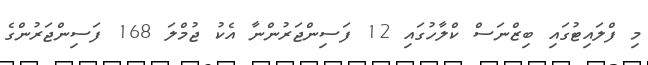
މި ފްލައިޓުގައި ބިޒްނަސް ކްލާހުގައި 12 ފަސިންޖަރުންނާ އެކު ޖުމްލަ 168 ފަސިންޖަރުންގެ